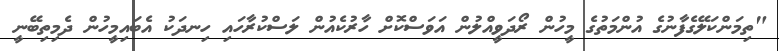
"ތިމަންކަލޭގެފާނުގެ އުންމަތުގެ މީހުން ރޯދަވީއްލުން އަވަސްކޮށް ހާރުކެއުން ލަސްކުރާހައި ހިނދަކު އެބައިމީހުން ދެމިތިބޭނީ